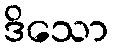
ဒိသော